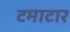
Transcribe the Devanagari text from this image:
टमाटार